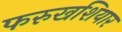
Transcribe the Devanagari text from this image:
फरुखशियार